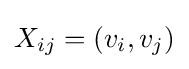
X_{ij}=(v_{i},v_{j})